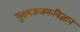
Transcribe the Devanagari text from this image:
सूक्ष्मऊतकविज्ञान